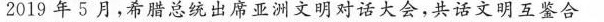
2019年5月，希腊总统出席亚洲文明对话大会，共话文明互鉴合